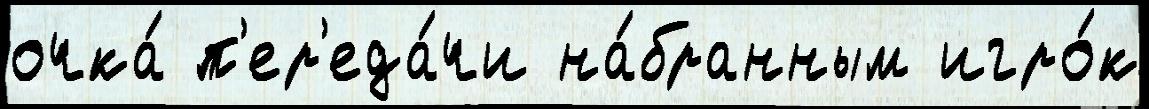
очка́ п'ер'еда́чи на́бранным игро́к